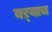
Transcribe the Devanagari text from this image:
बऱ्‍याच